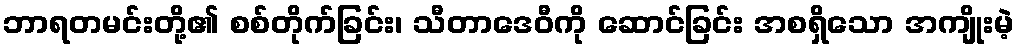
ဘာရတမင်းတို့၏ စစ်တိုက်ခြင်း၊ သီတာဒေဝီကို ဆောင်ခြင်း အစရှိသော အကျိုးမဲ့